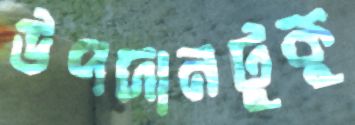
উপদানটুকু